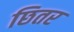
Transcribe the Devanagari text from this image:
छितर